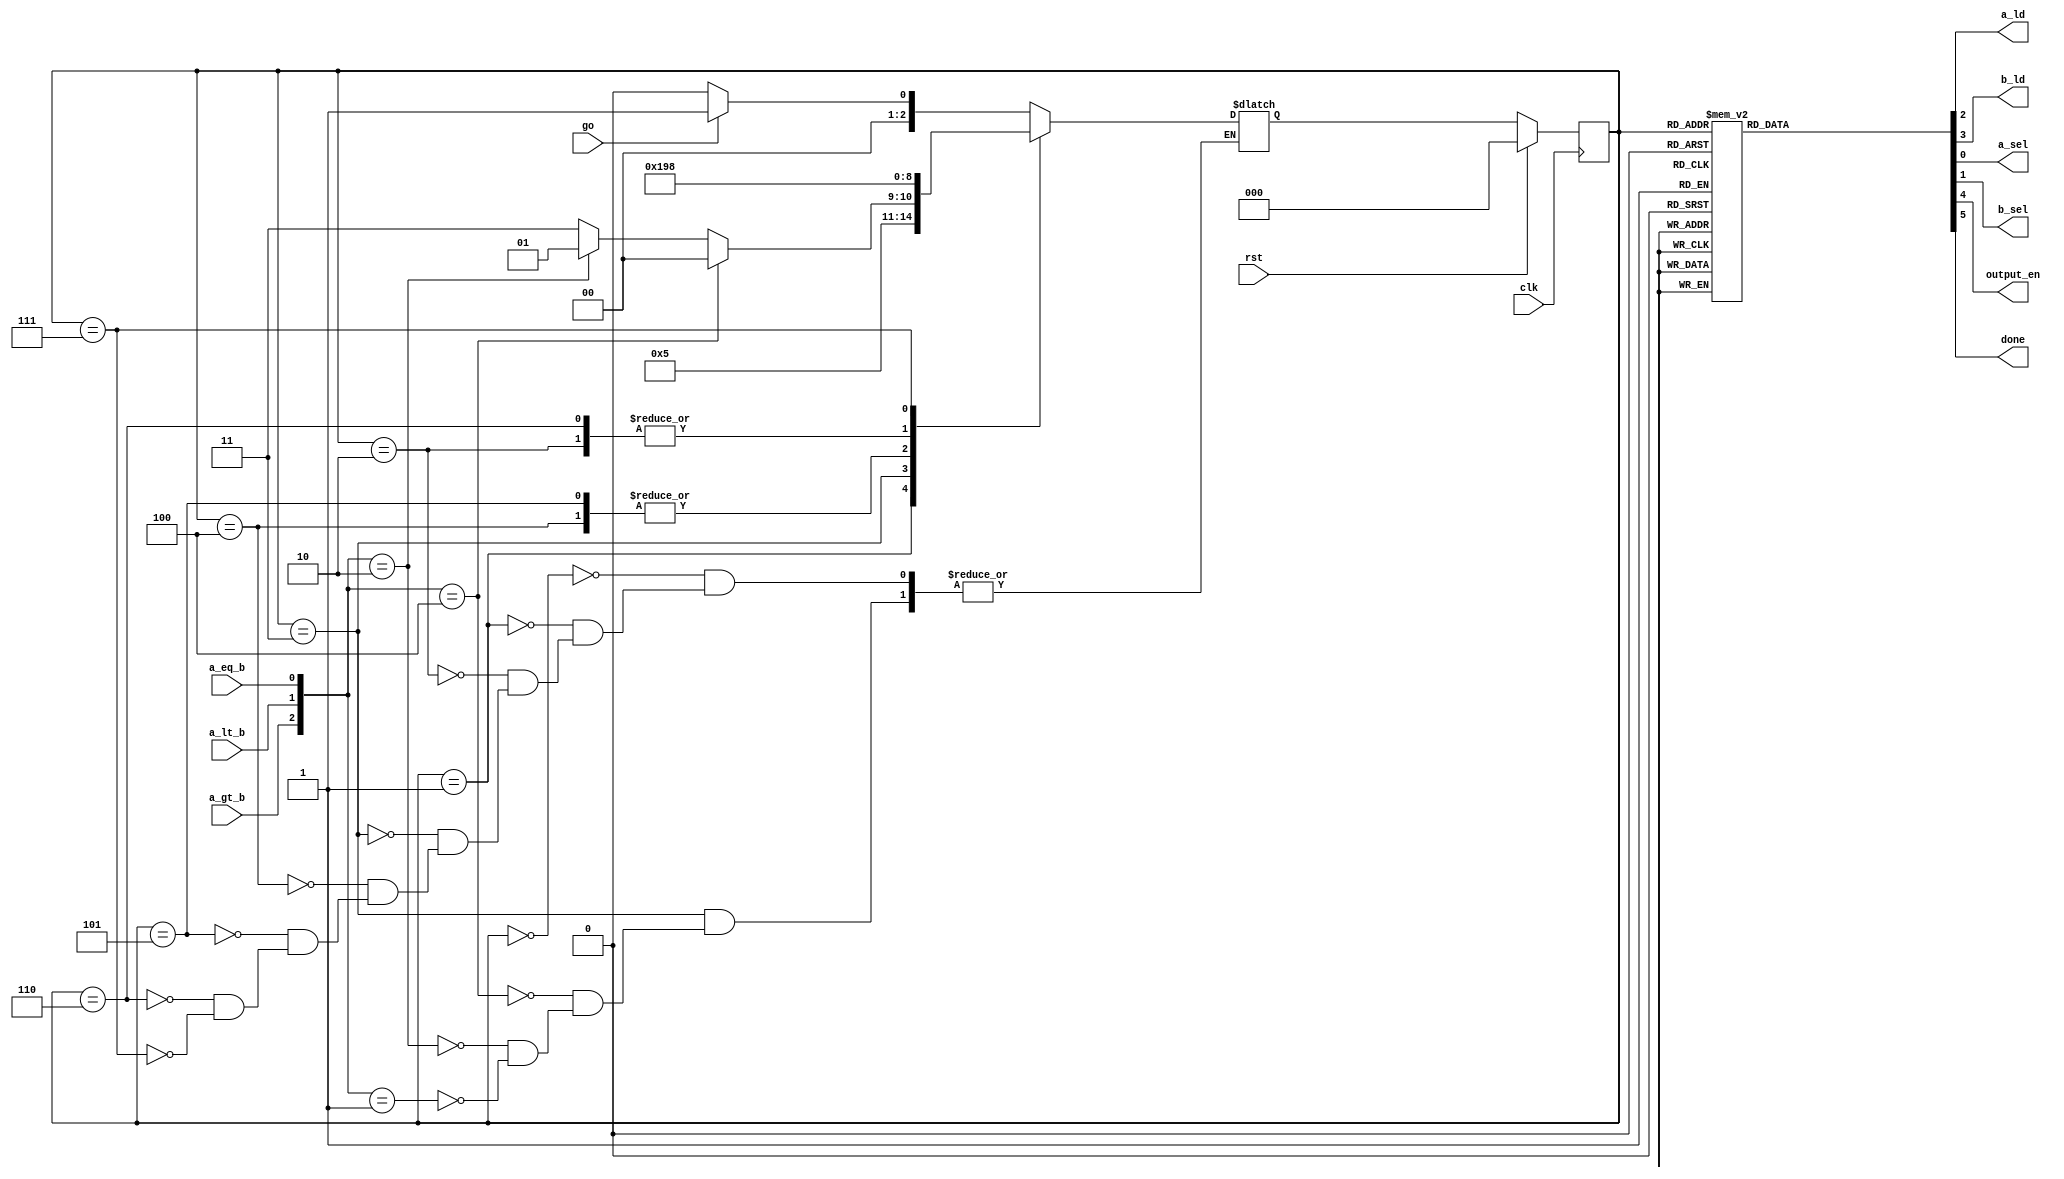
`timescale 1ns / 1ps
module controller(a_ld,b_ld,a_sel,b_sel,output_en,done,clk,rst,go,a_gt_b,a_lt_b,a_eq_b);

input clk,rst,go;
input a_gt_b,a_lt_b,a_eq_b;

output reg a_ld,b_ld,a_sel,b_sel;
output reg output_en,done;

reg [2:0] cState,nState;


parameter a=3'b000;
parameter b=3'b001;
parameter c=3'b010;
parameter d=3'b011;
parameter e=3'b100;
parameter f=3'b101;
parameter g=3'b110;
parameter h=3'b111;

initial nState<=a;

always @(posedge clk)
    begin 
	   if(rst==1)
		  cState<=a;
		else
		  cState<=nState;
	 end
	 
always @(go or a_gt_b or a_lt_b or a_eq_b or cState)
    begin
	   case(cState)
		    a:begin
			     if(go==0) nState<=a;
				  else nState <=b;
				end
			 
			 b:nState<=c;
			 
			 c:nState <=d;
			 
			 d:begin
			      if({a_gt_b,a_lt_b,a_eq_b}==3'b100)
					   nState <=e;
					else if({a_gt_b,a_lt_b,a_eq_b}==3'b010)
					   nState <=f;
					else if({a_gt_b,a_lt_b,a_eq_b}==3'b001)
					   nState <= h;
					//else nState <= h;////edited
				end
				
			  e:nState <= g;
			  f:nState <= g;
			  g:nState <= d;
			  h:nState <= a;
			  
			  default : nState<=a;
		 endcase
				
	 end
always @(go or a_gt_b or a_lt_b or a_eq_b or cState)
    begin
	   case(cState)
		    a:
			  begin
			   a_sel<=0;
				b_sel<=0;
				a_ld<=0;
				b_ld<=0;
				output_en<=0;
				done<=0;
			  end
			 
			 b:
			  begin
			   a_sel<=0;
				b_sel<=0;
				a_ld<=1;
				b_ld<=1;
				output_en<=0;
				done<=0;
			  end
			 
			 c:
			  begin
			   a_sel<=1;
				b_sel<=1;
				a_ld<=0;
				b_ld<=0;
				output_en<=0;
				done<=0;
			  end
			 
			 d:             //compare state
			  begin
			   a_sel<=0;// a=0 b=0
				b_sel<=0;
				a_ld<=0;
				b_ld<=0;
				output_en<=0;
				done<=0;
			  end
			 
			 e:              //a=a-b state
			  begin
			   a_sel<=1;
				b_sel<=0;
				a_ld<=1;
				b_ld<=0;
				output_en<=0;
				done<=0;
			  end
			 
			 f:             //b=b-a state
			  begin
			   a_sel<=0;
				b_sel<=1;
				a_ld<=0;
				b_ld<=1;
				output_en<=0;
				done<=0;
			  end
			 
			 g:            //waiting state
			  begin
			   a_sel<=0;
				b_sel<=0;
				a_ld<=0;
				b_ld<=0;
				output_en<=0;//en=1
				done<=0;
			  end
			 
			 h:             //
			  begin
			   a_sel<=0;
				b_sel<=0;
				a_ld<=0;
				b_ld<=0;
 				output_en<=1; //en=0
				done<=1;
			  end
			 default:
			  begin
			   a_sel<=0;
				b_sel<=0;
				a_ld<=0;
				b_ld<=0;
				output_en<=0;
				done<=0;
			  end
			endcase
		end

endmodule